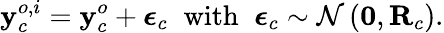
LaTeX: \mathbf{y}_{c}^{o,i}=\mathbf{y}_{c}^{o}+\boldsymbol{\epsilon}_{c}\; \; \textnormal{with}\; \; \boldsymbol{\epsilon}_{c}\sim{\cal N}\left({\mathbf 0},{\mathbf R}_{c}\right).